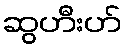
ဆွဟီးဟ်